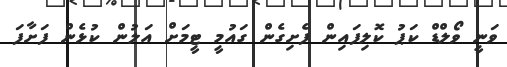
ވަނީ ވޯލްޑް ކަޕު ކޮލިފައިން ފެށިގެން ގައުމީ ޓީމަށް އަލުން ކުޅެން ފަށާފަ